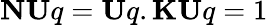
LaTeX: \mathbf{NU}q=\mathbf{U}q.\mathbf{KU}q=1